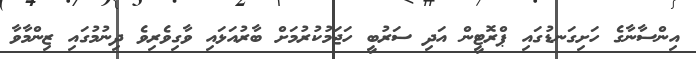
އިންސާނާގެ ހަށިގަނޑުގައި ޕްރޮޓީން އަދި ސަރުބީ ހަޖަމުކުރުމަށް ބާރުއަޅައި ވާގިވެރިވެ ދިނުމުގައި ޒިންމާވާ